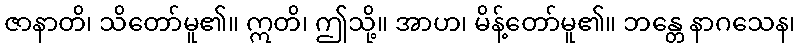
ဇာနာတိ၊ သိတော်မူ၏။ ဣတိ၊ ဤသို့။ အာဟ၊ မိန့်တော်မူ၏။ ဘန္တေ နာဂသေန၊